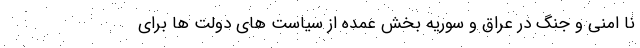
نا امنی و جنگ در عراق و سوریه بخش عمده از سیاست های دولت ها برای